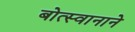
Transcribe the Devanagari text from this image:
बोत्स्वानाने